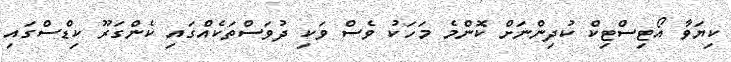
ކިޔަވާ އޯޓިސްޓިކް ކުދިންނަށް ކޮންމެ މަހަކު ވެސް ވަކި ދުވަސްތަކެއްގައި ކެންގަރޫ ކިޑްސްގައި